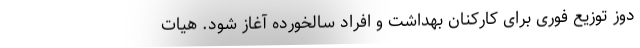
دوز توزیع فوری برای کارکنان بهداشت و افراد سالخورده آغاز شود. هیات